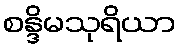
စန္ဒိမသုရိယာ